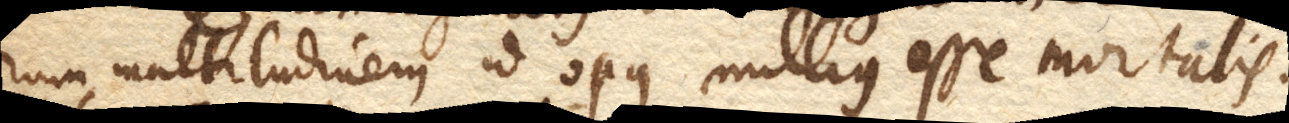
rum multitudinem, id opus nullius esse mortalis,